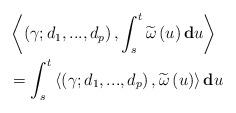
LaTeX: \begin{align*}& \left\langle \left( \gamma;d_{1},...,d_{p}\right) ,\int_{s}^{t}\widetilde{\omega}\left( u\right) \mathbf{d}u\right\rangle \\& =\int_{s}^{t}\left\langle \left( \gamma;d_{1},...,d_{p}\right),\widetilde{\omega}\left( u\right) \right\rangle \mathbf{d}u\end{align*}